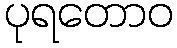
ပုရတောဝ